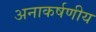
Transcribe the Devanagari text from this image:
अनाकर्षणीय